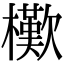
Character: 𣞔